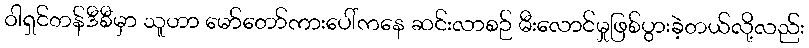
ဝါရှင်တန်ဒီစီမှာ သူဟာ မော်တော်ကားပေါ်ကနေ ဆင်းလာစဉ် မီးလောင်မှုဖြစ်ပွားခဲ့တယ်လို့လည်း